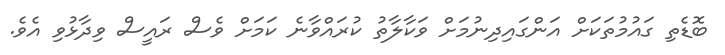
ބޮޑެތި ގައުމުތަކަށް އަންގައިދިނުމަށް ވަކާލާތު ކުރައްވާނެ ކަމަށް ވެސް ރައީސް ވިދާޅުވި އެވެ.